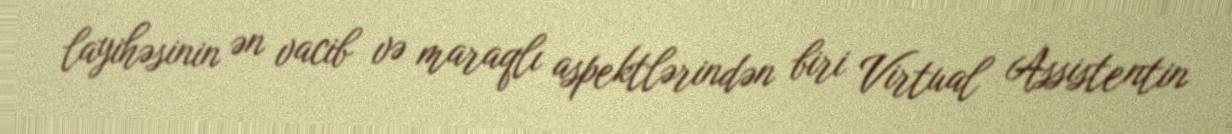
layihəsinin ən vacib və maraqlı aspektlərindən biri Virtual Assistentin